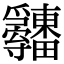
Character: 𤴋